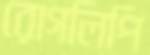
রোগলিপি